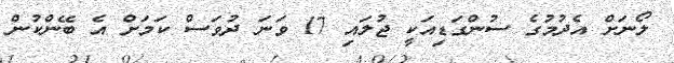
ލޯނަށް އެދުމުގެ ސުންގަޑިއަކީ ޖުލައި 17 ވަނަ ދުވަސް ކަމަށް އެ ބޭންކުން